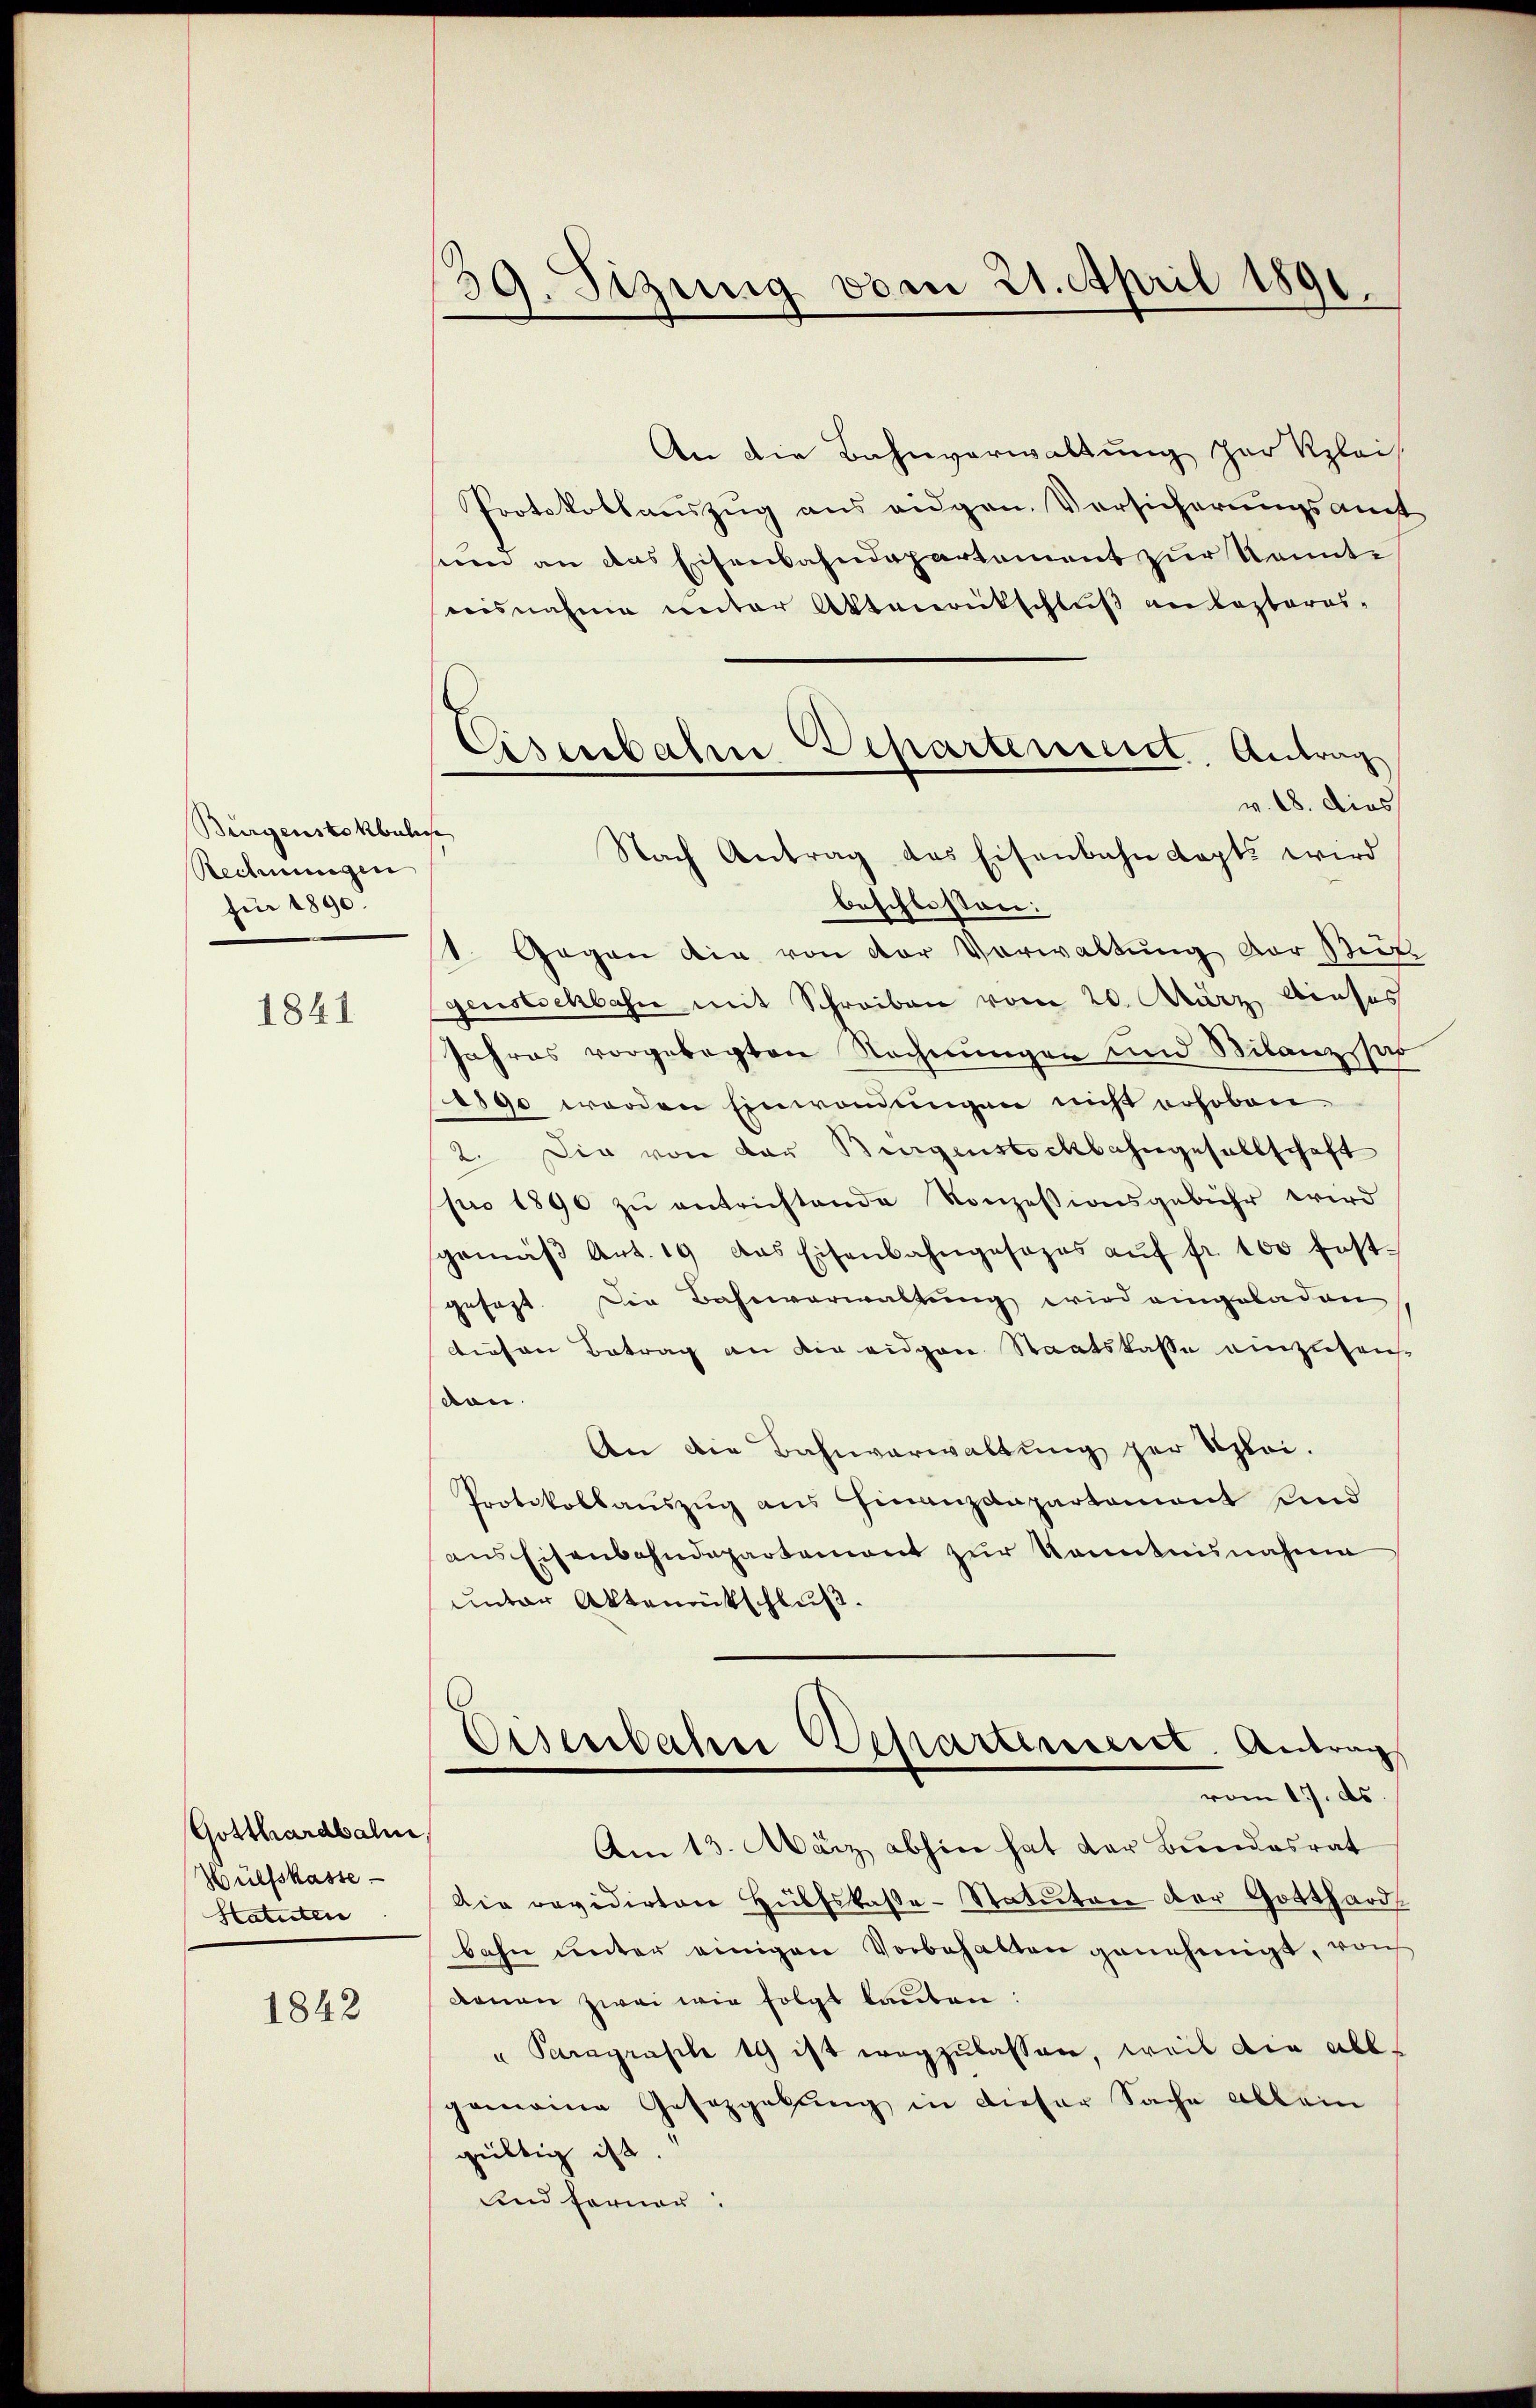
Burgenstokbulis
Rechnungen
für 1890.

1841

Gotthardbahn,
Hülfskasse
Statuten

1842

39. Sizung vom 21. April 1891.

An die Bahnverwaltung zur Klei
Protokollauszug aus eidgen. Versicherungsamt
seien an das Eisenbahndepartement zur konnte
risnahme unter Aktenrückschluß ankopteres-
v. 18. Dies
Nach Antrag des Eisenbahn Kapts wird
beschlossen:
1. Gegen die von der Verwaltung der Rufe
genstschbahn mit Schreiben vom 20. März dieses
Jahres vorgelegten Rechnungen und Bilanz par
1890 werden Einwendungen nicht erhoben
2. Die von der Burgenstockbahngesellschaft
pro 1890 zŭ entrichtende Konzessionsgebühr wird
sgemäβ Art. 19 das Eisenbahngesezes aŭf fr. 100 fest-
gesagt. Die Bahnverwaltung wird eingeladen
diesen Betrag an die eidgen Staatskasse einzusenvon.
An die Bahnverwaltung zur Schlei.
Protokollaŭszŭg ans Finanzdepartement und
ans Eisenbahndepartement zur Kenntnisnahme
unter Aktenrütschluß.
Disenbahne Departenseret. Antrag
vom 17. ds.
Am 13. März abhin hat der Bundesrat
Die revidirten Hülfskaβe-Statuten der Gotthardt
bahn unter einigen Vorbehalten genehmigt, von
Donau zwei wie folgt lauten:
" Paragrasile 1 ist wegzulassen, weil die abb
gemeine Gesetzgebung in dieser Sache allein
gültig ist.
und ferner:

Eisenbahn Departement, Antrag